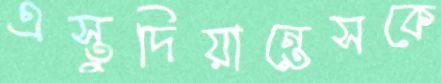
এস্তুদিয়ান্তেসকে